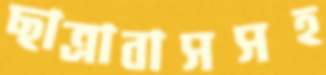
ছাত্রাবাসসহ